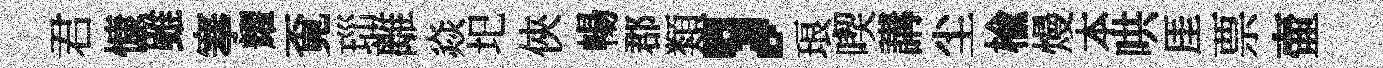
君慷雖搴耀覔𤤼離焱圯俠暢郡類，琅喫講尘榆熳本哄厓票壷